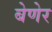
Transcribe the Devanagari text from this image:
बेणेर